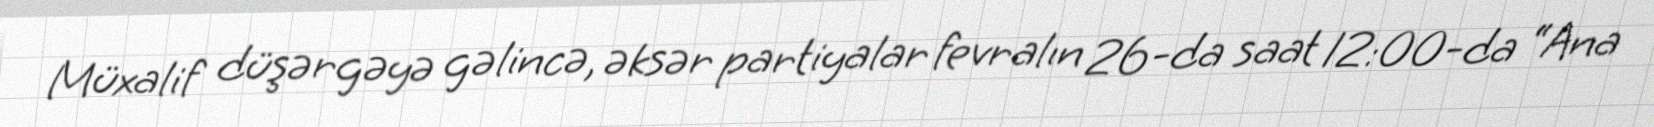
Müxalif düşərgəyə gəlincə, əksər partiyalar fevralın 26-da saat 12:00-da “Ana